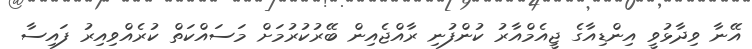
އޭނާ ވިދާޅުވީ އިންޑިއާގެ ޖީއެމްއާރު ކުންފުނި ރާއްޖެއިން ބޭރުކުރުމަށް މަސައްކަތް ކުރެއްވިއިރު ފައިސާ